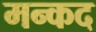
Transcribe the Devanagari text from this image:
मन्कद